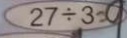
2 7 \div 3 = 9